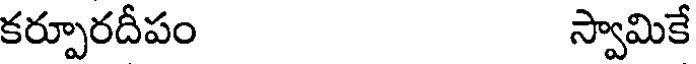
కర్పూరదీపం స్వామికే